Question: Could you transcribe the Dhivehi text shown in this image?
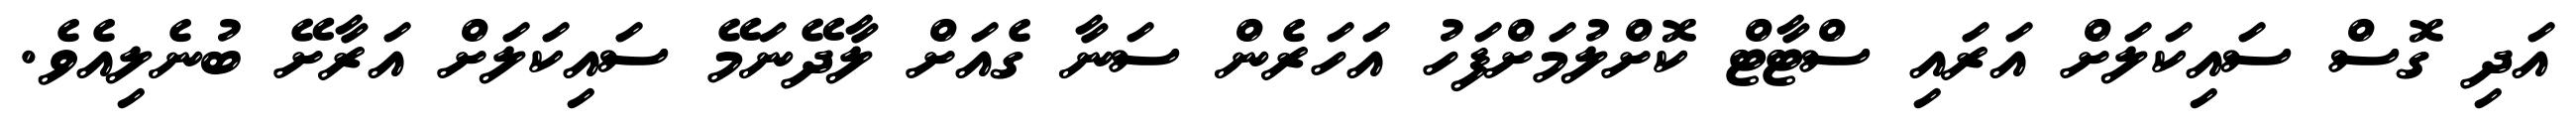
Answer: އަދި ގޮސް ސައިކަލަށް އަރައި ސްޓާޓް ކޮށްލުމަށްފަހު އަހަރެން ސަނާ ގެއަށް ލާދޭނަމޭ ސައިކަލަށް އަރާށޭ ބުނެލިއެވެ.